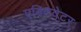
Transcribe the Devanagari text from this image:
एक्टिवेटर